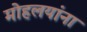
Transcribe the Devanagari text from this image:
माेहलयांना